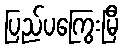
ပြည်ပကြွေးမြီ